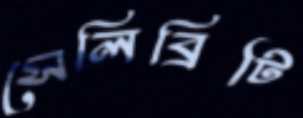
সেলিব্রিটি